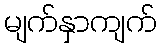
မျက်နှာကျက်